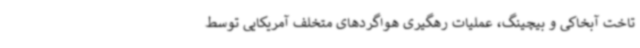
تاخت آبخاکی و بیچینگ، عملیات رهگیری هواگردهای متخلف آمریکایی توسط